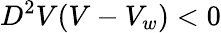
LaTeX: D^{2}V(V-V_{w})<0